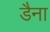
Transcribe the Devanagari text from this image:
डैना